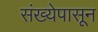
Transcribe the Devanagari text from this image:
संख्येपासून